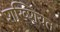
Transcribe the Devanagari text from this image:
शख्शियत